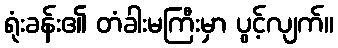
ရုံးခန်း၏ တံခါးမကြီးမှာ ပွင့်လျက်။